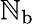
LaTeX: \mathbb{N}_{\textrm{{b}}}